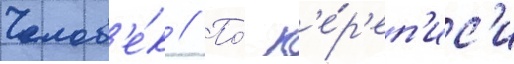
Челов'е́к // По́ п'е́р'еп'ис'и